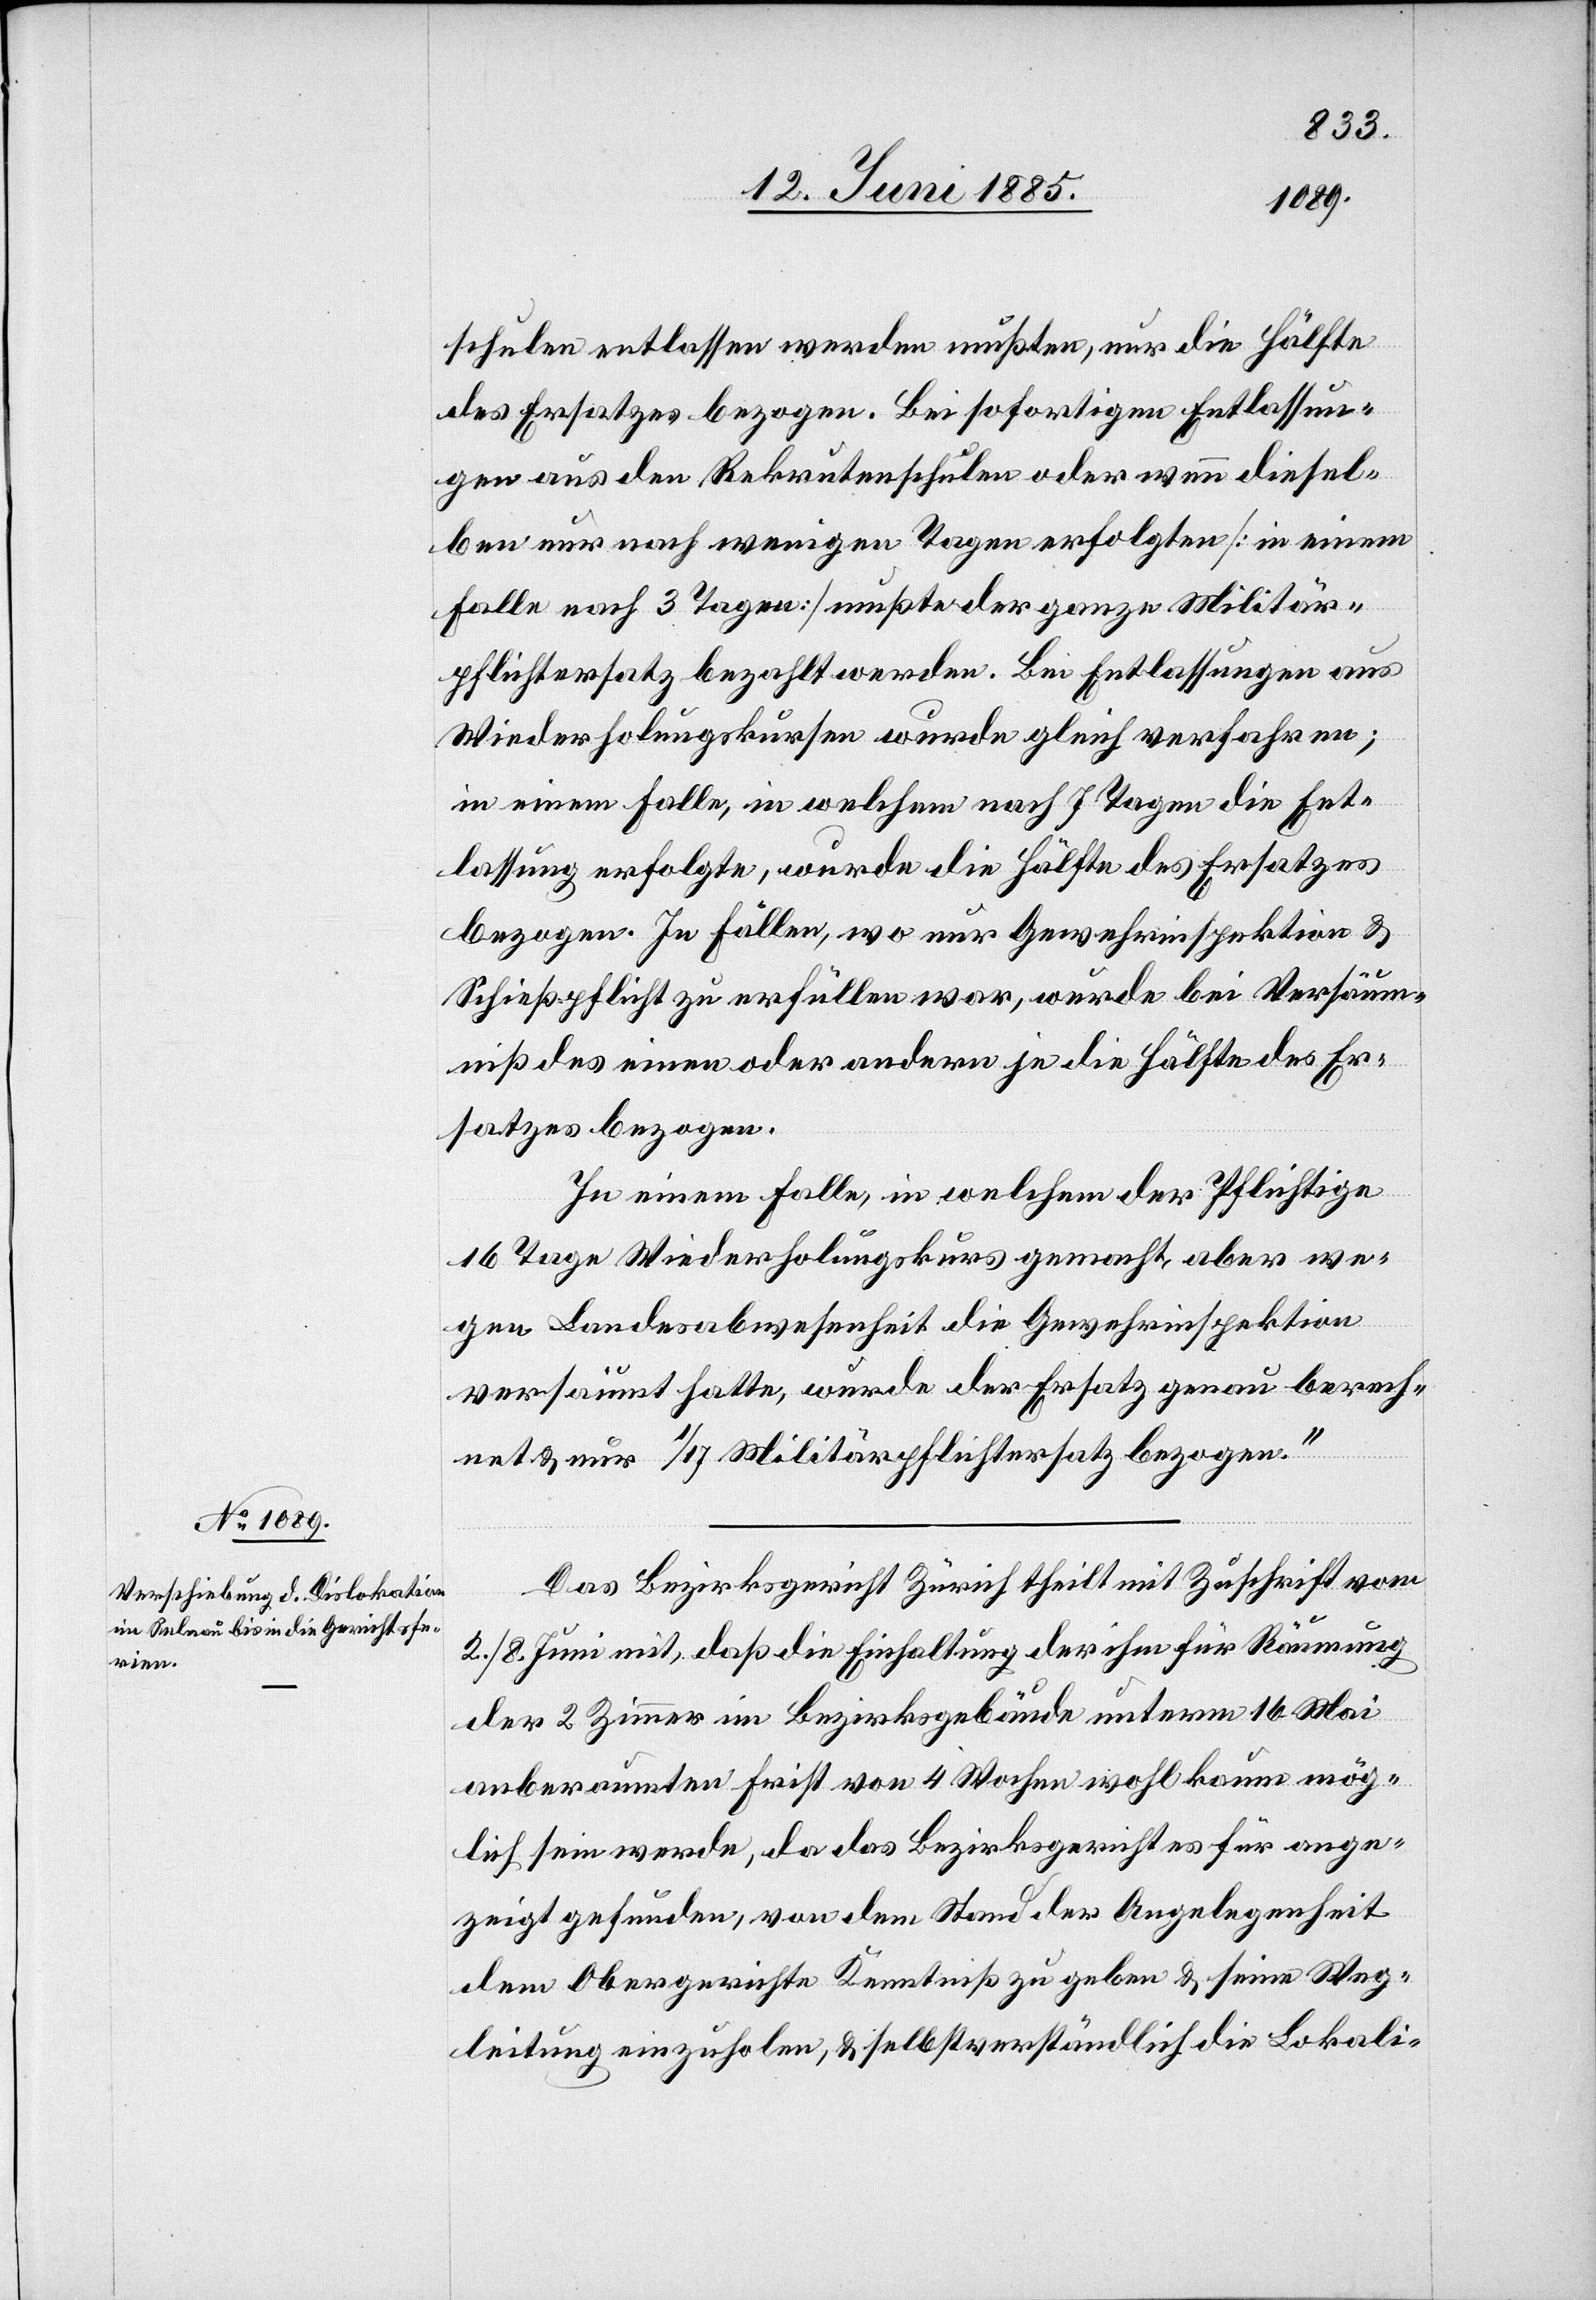
schulen entlassen werden mußten, nur die Hälfte
des Ersatzes bezogen. Bei sofortigen Entlassun¬
gen aus den Rekrutenschulen oder wenn diesel¬
ben nur nach wenigen Tagen erfolgten [in einem
Falle nach 3 Tagen] mueßte der ganze Militär¬
pflichtersatz bezahlt werden. Bei Entlassungen aus
Wiederholungskursen wurde gleich verfahren;
in einem Falle, in welchem nach 7 Tagen die Ent¬
lassung erfolgte, wurde die Hälfte des Ersatzes
bezogen. In Fällen, wo nur Gewehrinspektion &
Schießpflicht zu erfüllen war, wurde bei Versäum¬
niß des einen oder andern je die Hälfte des Er¬
satzes bezogen.
In einem Falle, in welchem der Pflichtige
16 Tage Wiederholungskurs gemacht, aber we¬
gen Landesabwesenheit die Gewehrinspektion
versäumt hatte, wurde der Ersatz genau berech¬
net & nur 1/17 Militärpflichtersatz bezogen.“
Das Bezirksgericht Zürich theilt mit Zuschrift vom
2./8. Juni mit, daß die Einhaltung der ihm für Räumung
der 2 Zimmer im Bezirksgebäude unterm 16. Mai
anberaumten Frist von 4 Wochen wohl kaum mög¬
lich sein werde, da das Bezirksgericht es für ange¬
zeigt gefunden, von dem Stand der Angelegenheit
dem Obergerichte Kenntniß zu geben & seine Weg¬
leitung einzuholen, & Selbstverständlich die Lokali-